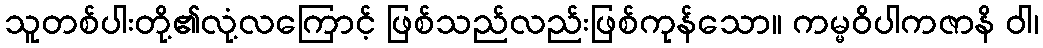
သူတစ်ပါးတို့၏လုံ့လကြောင့် ဖြစ်သည်လည်းဖြစ်ကုန်သော။ ကမ္မဝိပါကဇာနိ ဝါ၊